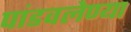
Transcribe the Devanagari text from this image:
पांडवलेण्या